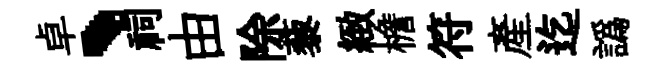
卓、祠由除藜緻檐符産迄譌